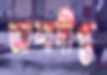
আশাদীপ্ত